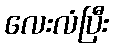
လေးလံပြီး